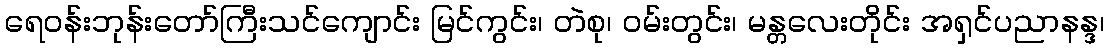
ရေဝန်းဘုန်းတော်ကြီးသင်ကျောင်း မြင်ကွင်း၊ တဲစု၊ ဝမ်းတွင်း၊ မန္တလေးတိုင်း အရှင်ပညာနန္ဒ၊